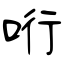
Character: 哘